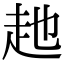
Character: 𧺏